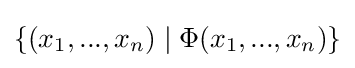
\{(x_{1},...,x_{n})\mid \Phi (x_{1},...,x_{n})\}